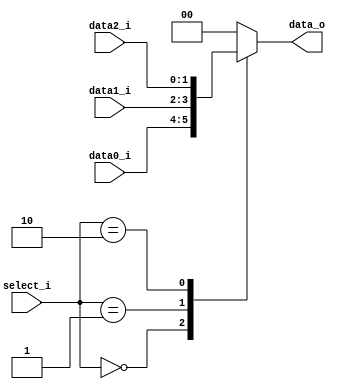
//Subject:		CO project 5 - MUX 3to1
//--------------------------------------------------------------------------------
//Version:		1
//--------------------------------------------------------------------------------
//Writer:		0210022 , 0210029 
//----------------------------------------------
//Date:
//----------------------------------------------
//Description:
//--------------------------------------------------------------------------------

module MUX_3to1(
	data0_i,
	data1_i,
	data2_i,
	select_i,
	data_o
);

parameter size = 0;

//I/O ports
input	[size-1:0]	data0_i;
input	[size-1:0]	data1_i;
input	[size-1:0]	data2_i;
input	[1:0]		select_i;
output	[size-1:0]	data_o;

//Internal Signals
reg     [size-1:0]	data_o;

//Main function
always@ (*) begin
	case (select_i)
		2'b00:	data_o=data0_i;
		2'b01:	data_o=data1_i;
		2'b10:	data_o=data2_i;
		default:data_o=32'b0;
	endcase
end

endmodule